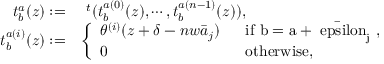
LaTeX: \begin{array} { r l } { { t _ { b } ^ { a } ( z ) : = } } & { { ~ ^ { t } ( t _ { b } ^ { a ( 0 ) } ( z ) , \cdots , t _ { b } ^ { a ( n - 1 ) } ( z ) ) , } } \\ { { t _ { b } ^ { a ( i ) } ( z ) : = } } & { { \left\{ \begin{array} { l l } { { \theta ^ { ( i ) } ( z + \delta - n w \bar { a } _ { j } ) ~ ~ } } & { { \mathrm { i f ~ b = a + \bar { \ e p s i l o n } _ { j } ~ , ~ } } } \\ { { 0 ~ ~ } } & { { \mathrm { o t h e r w i s e , } } } \end{array} \right. } } \end{array}